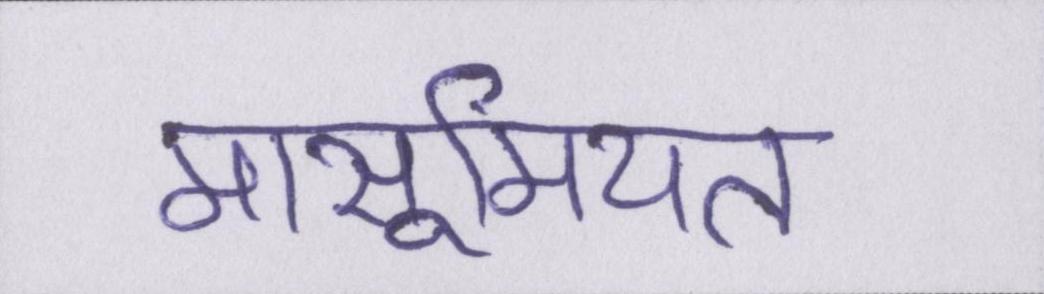
मासूमियत